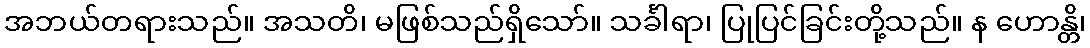
အဘယ်တရားသည်။ အသတိ၊ မဖြစ်သည်ရှိသော်။ သင်္ခါရာ၊ ပြုပြင်ခြင်းတို့သည်။ န ဟောန္တိ၊